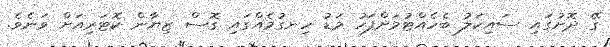
ގޭ ދޮށުގައި ސައިކަލު ބެހެއްޓުމަށްފަހު މަޑު ހިނގުމެއްގައި ގޮސް ޒިޔާން ކޮޓަރިއަށް ވަނެވެ.